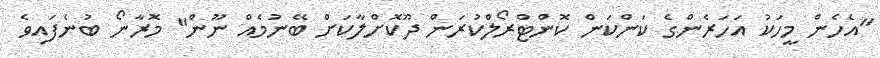
"އެހެން މީހަކު އަހަރެންގެ ކަންކަން ކޮންޓްރޯލްކުރަން ދޫކޮށްލާކަށް ބޭނުމެއް ނޫން" މޮރާނޯ ބުނެފައިވެ